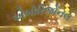
એબોરિજોનલ